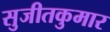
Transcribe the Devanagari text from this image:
सुजीतकुमार